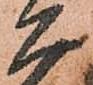
工